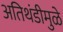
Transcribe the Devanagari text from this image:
अतिथंडीमुळे